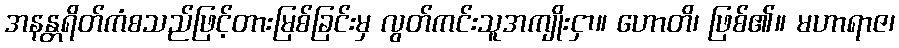
အနန္တရိတ်ကံစသည်ဖြင့်တားမြစ်ခြင်းမှ လွတ်ကင်းသူအကျိုးငှာ။ ဟောတိ၊ ဖြစ်၏။ မဟာရာဇ၊